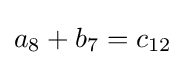
a_{8}+b_{7}=c_{12}